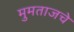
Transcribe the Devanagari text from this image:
मुमताजचे